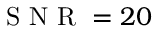
\mathrm { ~ S ~ N ~ R ~ } = 2 0